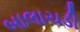
બાલાચડી